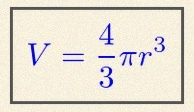
V=\frac43\pi r^3